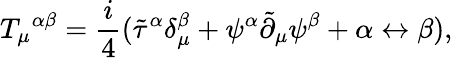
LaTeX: T_{\mu}{}^{\alpha\beta}=\frac{i}{4}({{\tilde{\tau}}^{\alpha}}\delta_{\mu}^{\beta}+\psi^{\alpha}{\tilde{\partial}}_{\mu}\psi^{\beta}+\alpha\leftrightarrow\beta),